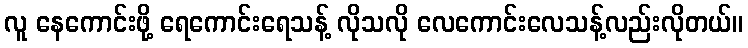
လူ နေကောင်းဖို့ ရေကောင်းရေသန့် လိုသလို လေကောင်းလေသန့်လည်းလိုတယ်။